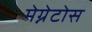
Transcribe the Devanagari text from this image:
मेग्नेटोस